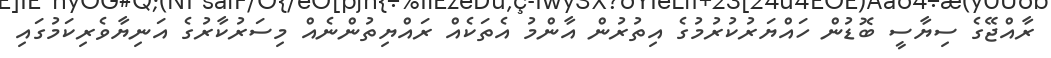
ރާއްޖޭގެ ސިޔާސީ ބޮޑުން ހައްޔަރުކުރުމުގެ އިތުރުން އާންމު އެތަކެއް ރައްޔިތުންނެއް މިސަރުކާރުގެ އަނިޔާވެރިކަމުގައި